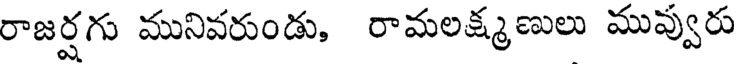
రాజర్షగు మునివరుండు, రామలక్ష్మణులు మువ్వురు